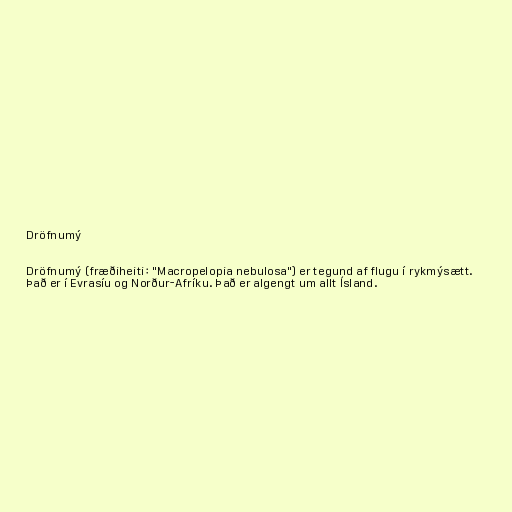
Dröfnumý

Dröfnumý (fræðiheiti: "Macropelopia nebulosa") er tegund af flugu í rykmýsætt.
Það er í Evrasíu og Norður-Afríku. Það er algengt um allt Ísland.